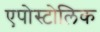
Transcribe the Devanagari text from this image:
एपोस्टोलिक